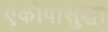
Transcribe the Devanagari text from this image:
एकोपासुद्धा